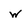
Character: W